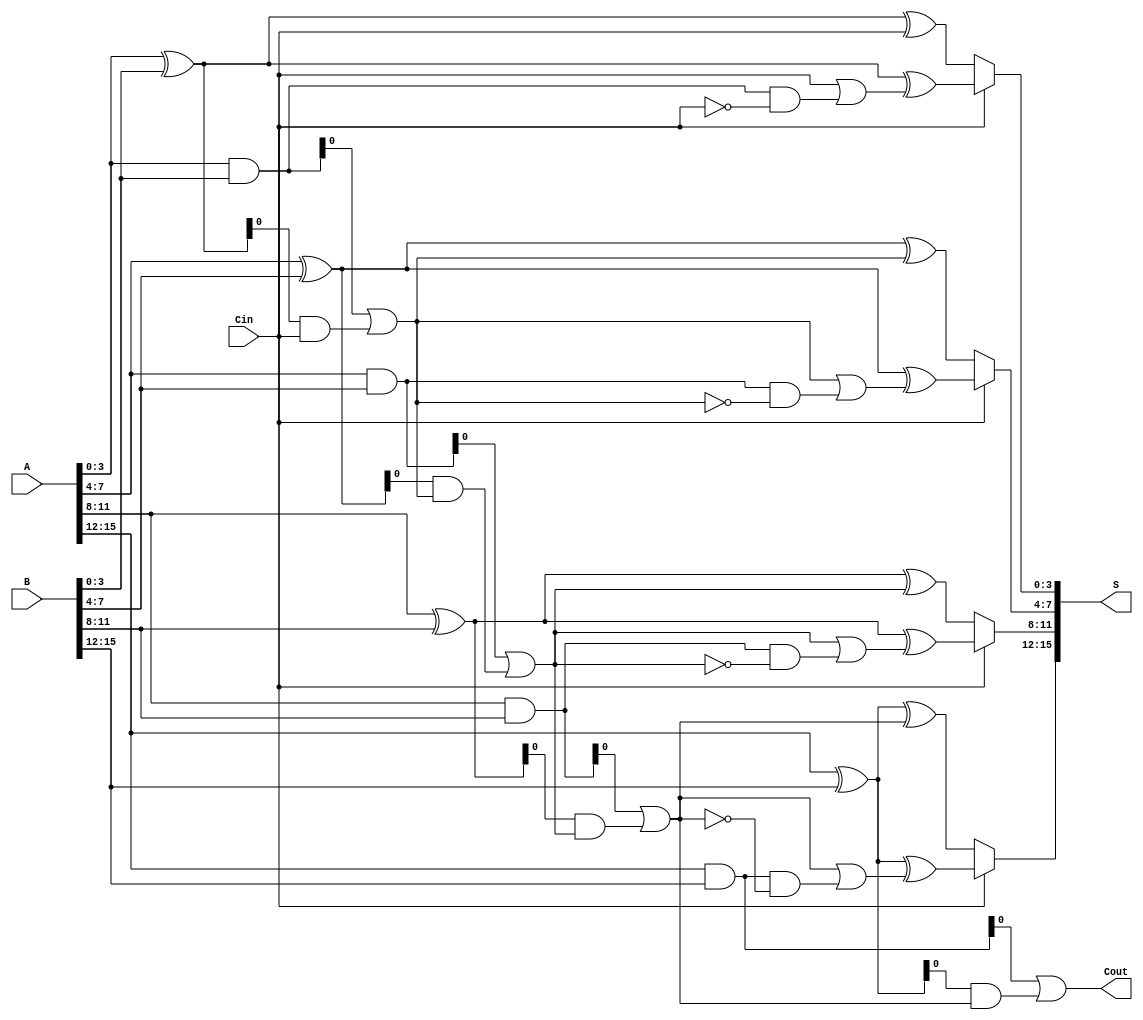
module HanCarlsonAdder #(parameter N = 16,  // Total bits (must be a multiple of SEGMENT_SIZE)
                          parameter SEGMENT_SIZE = 4) // Size of each segment
(
    input  [N-1:0] A,     // First n-bit input
    input  [N-1:0] B,     // Second n-bit input
    input         Cin,     // Carry-in
    output [N-1:0] S,      // Sum output
    output        Cout      // Carry-out
);

localparam NUM_SEGMENTS = N / SEGMENT_SIZE;

wire [SEGMENT_SIZE-1:0] P [0:NUM_SEGMENTS-1]; // Propagate signals
wire [SEGMENT_SIZE-1:0] G [0:NUM_SEGMENTS-1]; // Generate signals
wire [NUM_SEGMENTS:0] C; // Carry signals

// Generate and propagate signals for each segment
genvar i;
generate
    for (i = 0; i < NUM_SEGMENTS; i = i + 1) begin : segment
        assign P[i] = A[i*SEGMENT_SIZE +: SEGMENT_SIZE] ^ B[i*SEGMENT_SIZE +: SEGMENT_SIZE];
        assign G[i] = A[i*SEGMENT_SIZE +: SEGMENT_SIZE] & B[i*SEGMENT_SIZE +: SEGMENT_SIZE];
    end
endgenerate

// Carry Generation
assign C[0] = Cin; // Initial carry-in
generate
    for (i = 0; i < NUM_SEGMENTS; i = i + 1) begin : carry_gen
        assign C[i+1] = G[i] | (P[i] & C[i]);
    end
endgenerate

// Sum Calculation with Carry Select Logic
generate
    for (i = 0; i < NUM_SEGMENTS; i = i + 1) begin : sum_calc
        wire [SEGMENT_SIZE-1:0] S_temp_0;
        wire [SEGMENT_SIZE-1:0] S_temp_1;

        assign S_temp_0 = P[i] ^ C[i]; // Sum if carry-in = 0
        assign S_temp_1 = P[i] ^ (C[i] | (G[i] & ~C[i])); // Sum if carry-in = 1

        // Use a multiplexer to select the proper sum based on the carry-in
        assign S[i*SEGMENT_SIZE +: SEGMENT_SIZE] = Cin ? S_temp_1 : S_temp_0;
    end
endgenerate

// Final carry-out
assign Cout = C[NUM_SEGMENTS];

endmodule